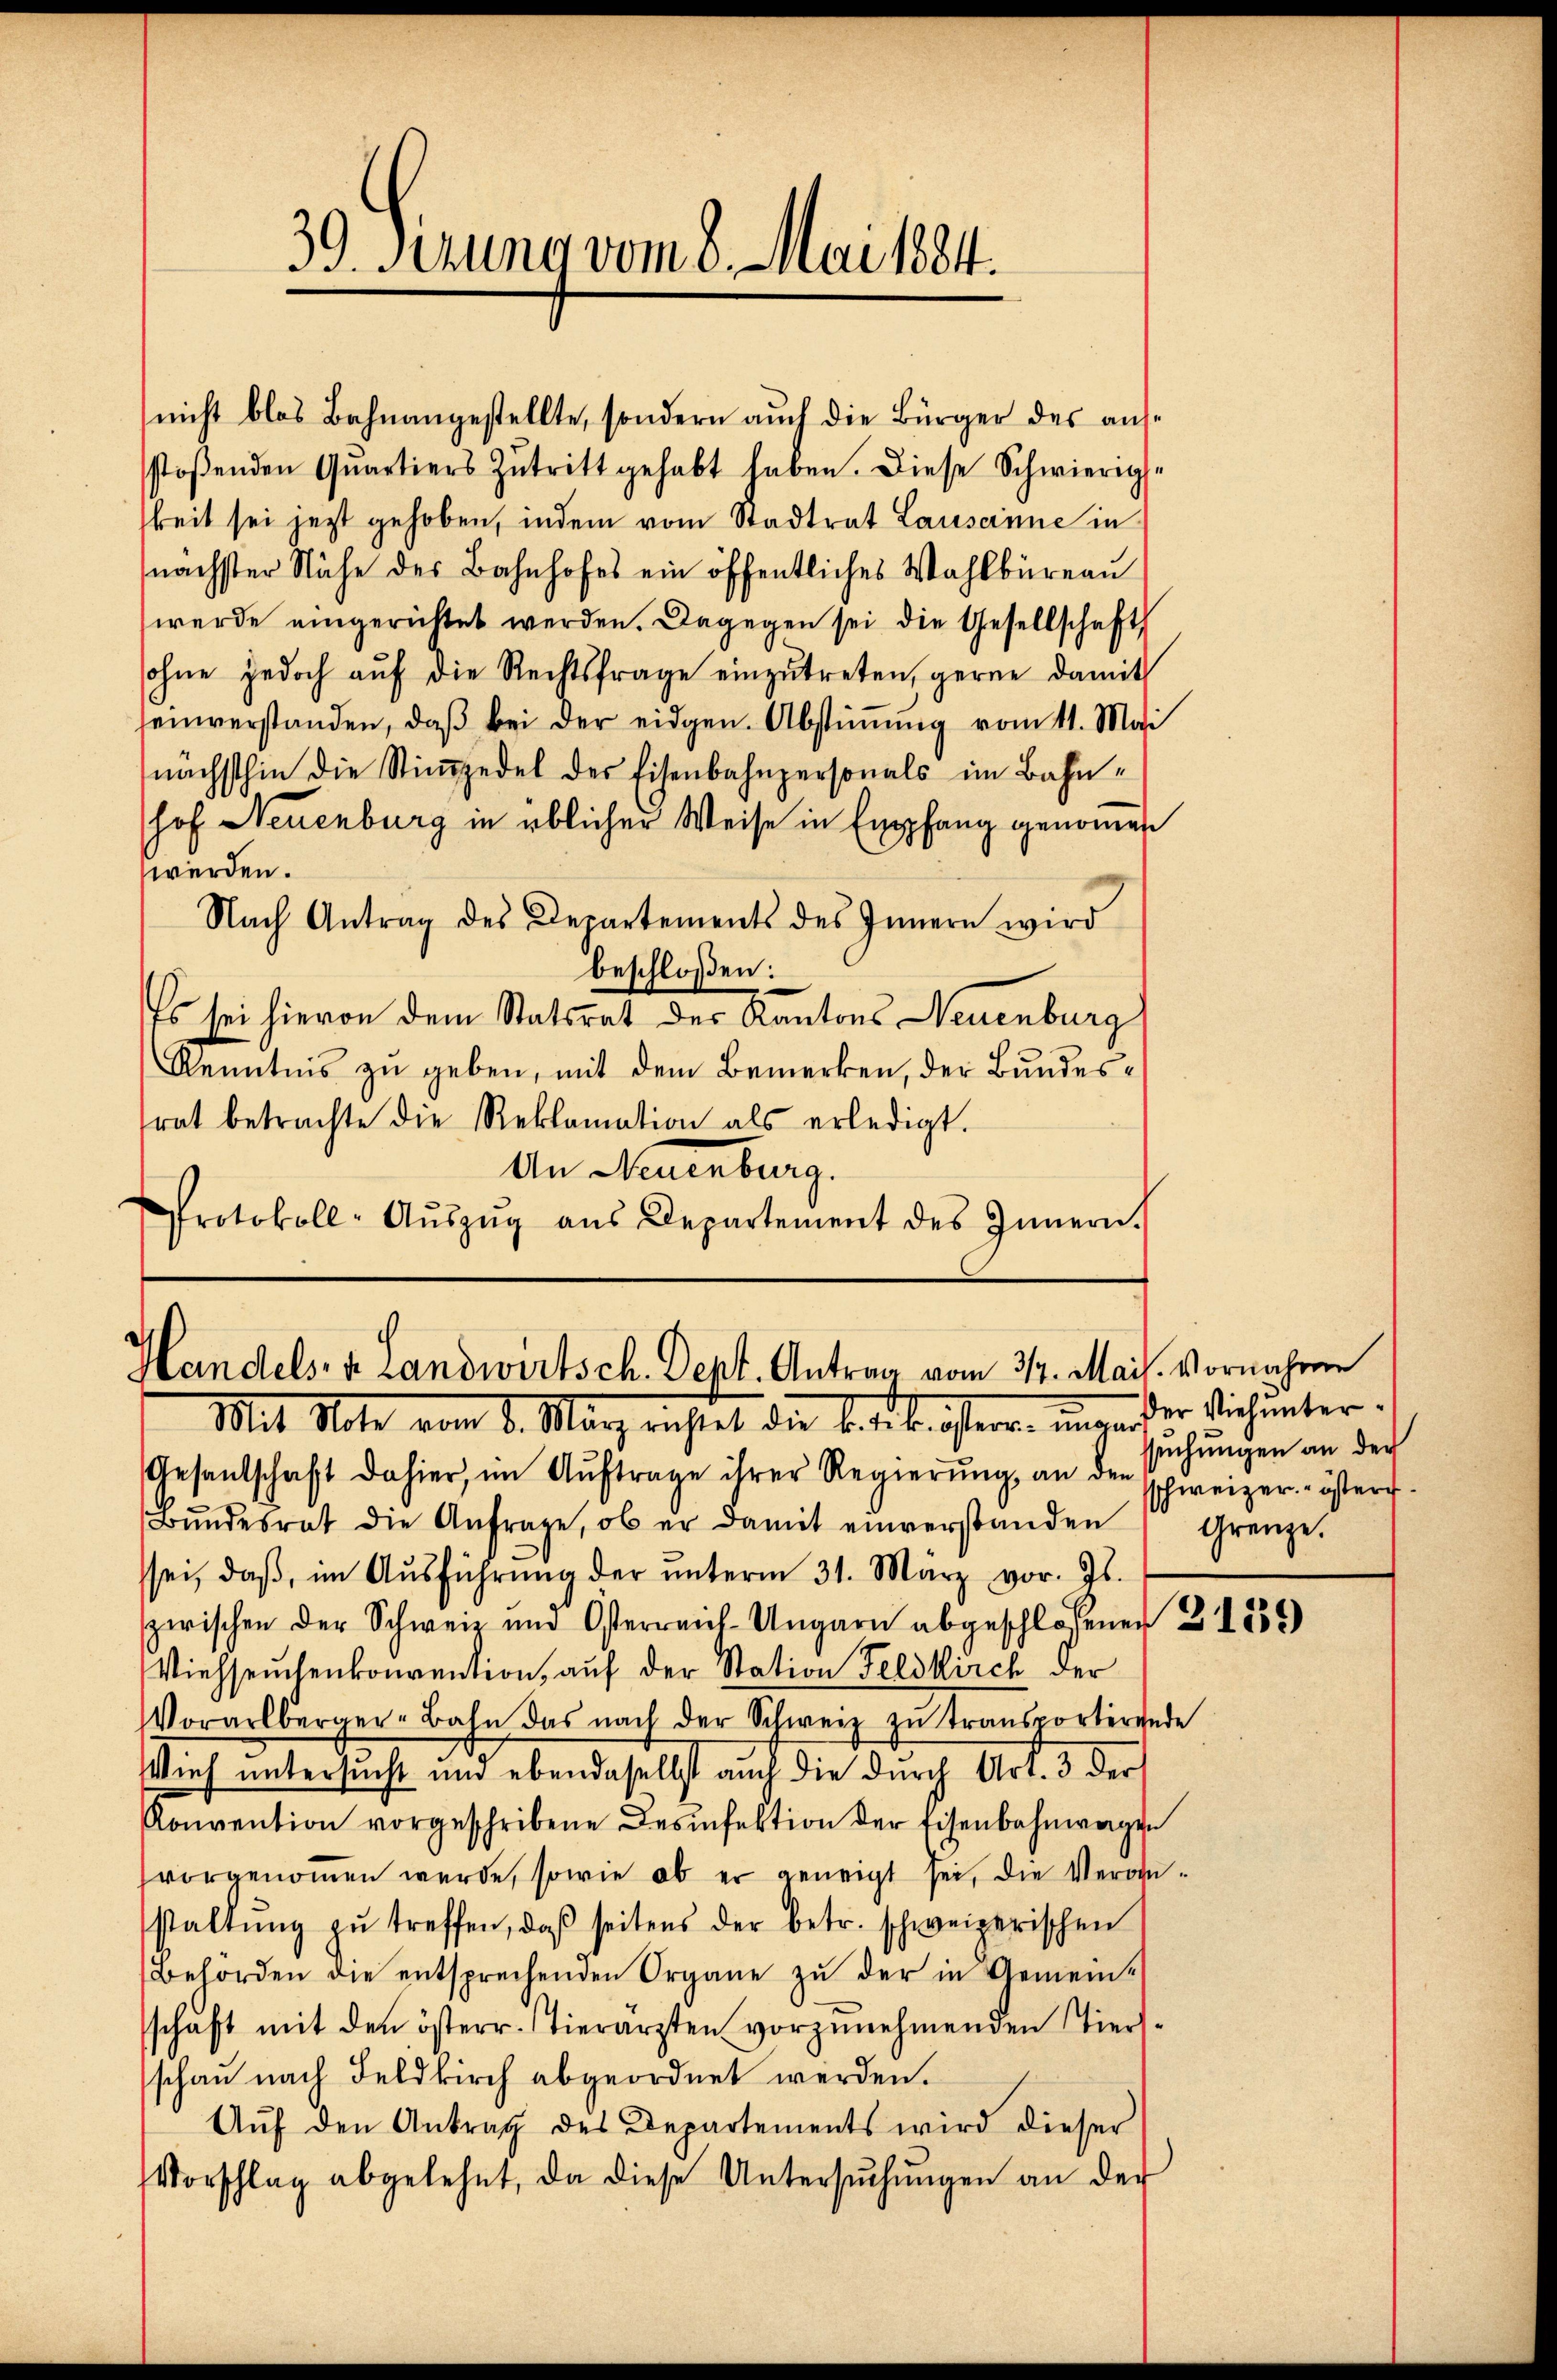
nicht blos Bahnangestellte, sondern auch die Bürger des ausstoβenden Qŭartiers Zutritt gehabt haben. Diese Schwierige
keit sei jetzt gehoben, indem vom Stadtrat Lausanne in
nächster Nähe des Bahnhofes ein öffentliches Wahlbüreau
werde eingerichtet werden. Dagegen sei die Gesellschaft
sohne jedoch auf die Rechtsfrage einzutreten, gerne damit
seiverstanden, daβ bei der eidgen. Abstiṁŭng vom 11. Mai
nächsthin die Stimmzedel des Eisenbahnpersonals im Bahn-
hof Neuenburg in üblicher Weise in Empfang genommen
werden.
Nach Antrag des Departements des Innern wird
beschloßen:
Es sei hievon dem Statsrat des Kantons Neuenburg
Kenntnis zŭ geben, mit dem Bemerken, der Bundesrat betrachte die Reklamation als erledigt.
An Neuenburg.
Protokoll-Aŭszŭg aŭs Departement des Innern.

39. Serung vom 8. Mai 184.

Handelsia Landwirtsch. Dept. Antrag vom 31. Mai. vornahme

Mit Note vom 1. März richtet die bei tröster.  Der Vich unter
Gesandschaft dahier, im Aŭftrage ihrer Regierŭng an den Schweizer-öster
Bŭndesrat die Anfrage, ob er damit einverstanden Grenze.
sei, daβ im Aŭsführŭng der ŭnterm 31. März vor. Js.
zerischen der Schweiz und Osterreich-Ungarn abgeschlossener 21255)
Viehseuchenkonvention, auf der Station Feldkirch der
Vorarlberger-Bahn das nach der Schweiz zŭ transportirende
Vieh untersucht und ebendaselbst auch die durch Art. 3 der
Konvention vorgeschribene Desinfektion der Eisenbahnwagen
vorgenommen werde, sowie ob er geneigt sei, die Veranstaltŭng zŭ treffen, daß seitens der betr. schweizerischen
Behörden die entsprechenden Organe zŭ der in Gemein-
schaft mit den österr. Vierärzten vorzŭnehmenden Tiers-
schau nach Feldkirch abgeordnet werden.
Aŭf den Antrag des Departements wird dieser
Vorschlag abgelehnt, da diese Untersŭchŭngen an der

suchungen an der